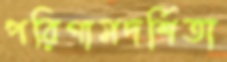
পরিণামদর্শিতা